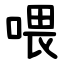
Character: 喂